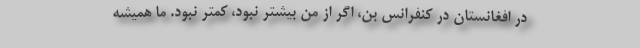
در افغانستان در کنفرانس بن، اگر از من بیشتر نبود، کمتر نبود. ما همیشه